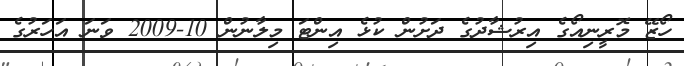
ހޯޒޭ މޮރީނިއޯގެ އިރުޝާދުގެ ދަށުން ކުޅެ އިންޓަ މިލާނުން 10-2009 ވަނަ އަހަަރުގެ